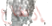
إرتفاع